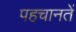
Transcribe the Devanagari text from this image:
पहचानतें